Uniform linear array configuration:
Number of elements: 24
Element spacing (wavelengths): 1
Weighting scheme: binomial
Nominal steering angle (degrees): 60
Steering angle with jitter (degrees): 61.746
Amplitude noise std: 0.05
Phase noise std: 0.05

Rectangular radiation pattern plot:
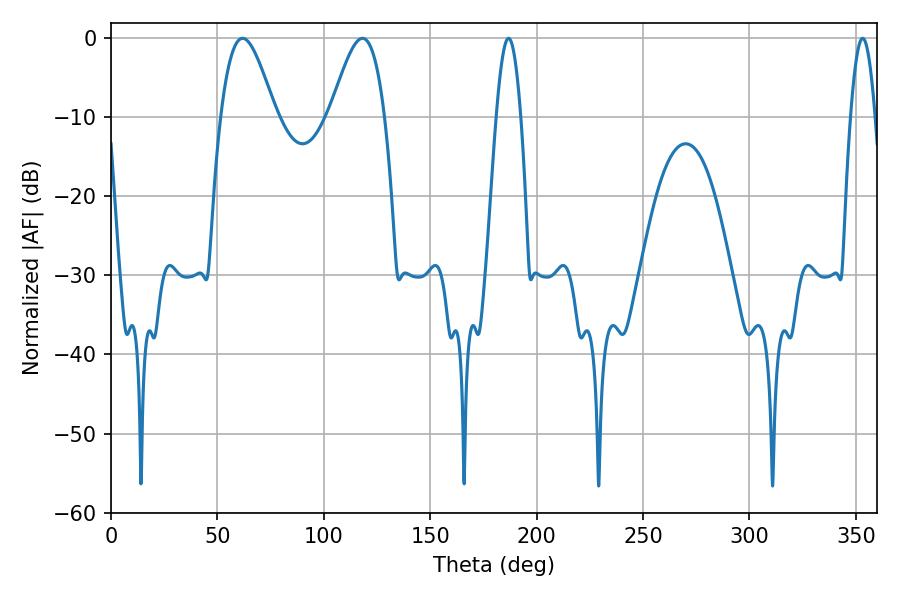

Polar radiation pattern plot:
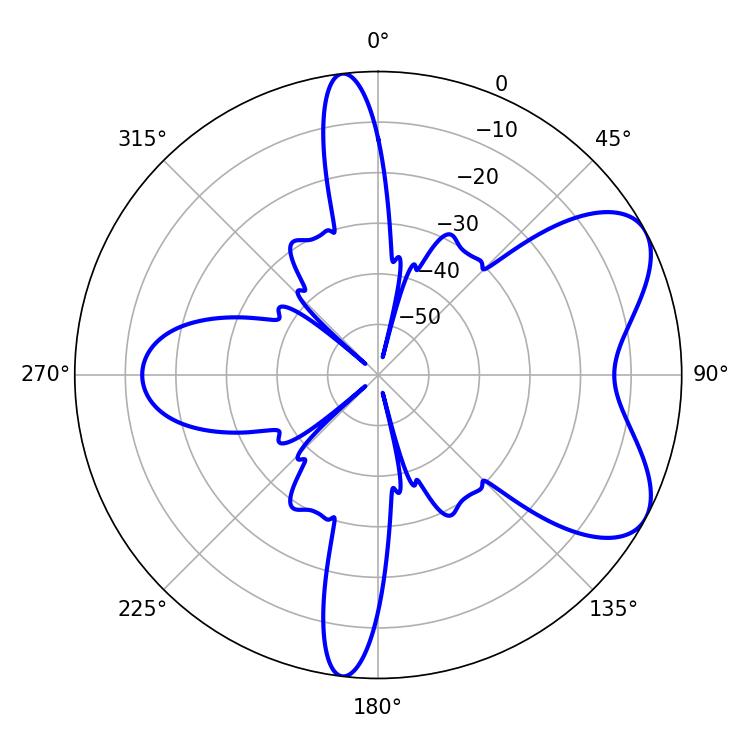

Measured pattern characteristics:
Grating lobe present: TRUE
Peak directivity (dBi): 6.551
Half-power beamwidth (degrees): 6.12
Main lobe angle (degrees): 186.84